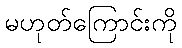
မဟုတ်ကြောင်းကို